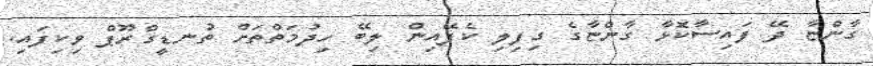
ގާންޏާ ދޭ ފައިސާކޮޅާ ގާންޏާގެ ގިފިލި ކެފޭއިން ލިބޭ ހިދުމަތްތަށް ތުނޑީގްރޫޕް ވިކިފައި.